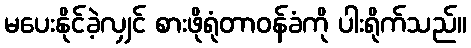
မပေးနိုင်ခဲ့လျှင် စားဖိုရုံတာဝန်ခံကို ပါးရိုက်သည်။